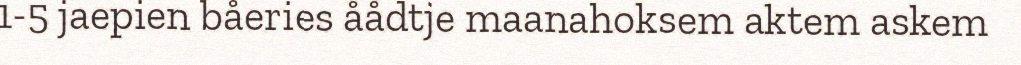
1-5 jaepien båeries åådtje maanahoksem aktem askem